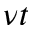
\nu t